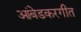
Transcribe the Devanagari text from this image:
आंबेडकरगीत